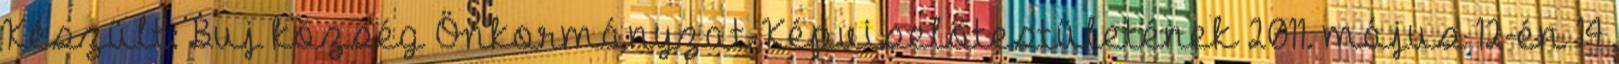
Készült: Buj község Önkormányzat Képviselőtestületének 2011. május 12-én 14